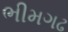
ભીમગઢ